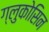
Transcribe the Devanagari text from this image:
ग्लुकोसिन